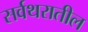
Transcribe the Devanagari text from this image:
सर्वथरातील